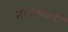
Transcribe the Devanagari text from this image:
नाचनेवाली